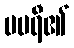
မမရီ၏